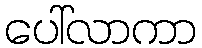
ပေါ်လာကာ